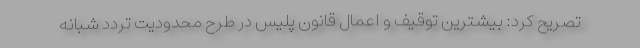
تصریح کرد: بیشترین توقیف و اعمال قانون پلیس در طرح محدودیت تردد شبانه